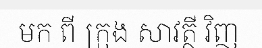
មក ពី ក្រុង សាវត្ថី វិញ